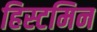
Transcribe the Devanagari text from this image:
हिस्टमिन